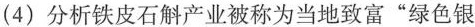
(4)分析铁皮石斛产业被称为当地致富”绿色银